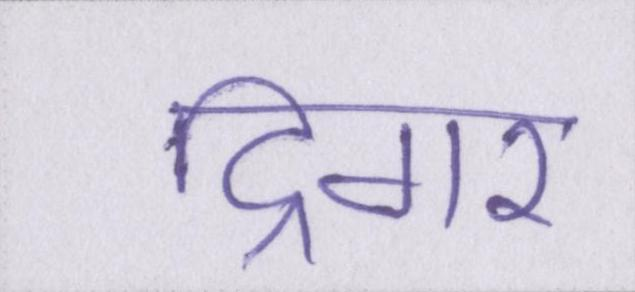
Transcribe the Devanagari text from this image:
ट्रिगर